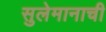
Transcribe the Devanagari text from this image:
सुलेमानाची